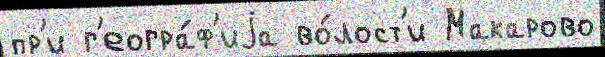
пр'и г'еогра́ф'иjа во́лост'и Макарово